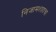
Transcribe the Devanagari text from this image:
निजामशहाचा